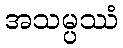
အသမ္ပဿံ